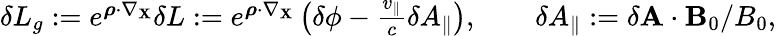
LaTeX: \begin{array}{r}{\delta L_{g}:=e^{\boldsymbol{\rho}\cdot\nabla_{\mathbf{X}}}\delta L:=e^{\boldsymbol{\rho}\cdot\nabla_{\mathbf{X}}}\left(\delta\phi-\frac{v_{\parallel}}{c}\delta A_{\parallel}\right),\qquad\delta A_{\parallel}:=\delta\mathbf{A}\cdot\mathbf{B}_{0}/B_{0},}\end{array}